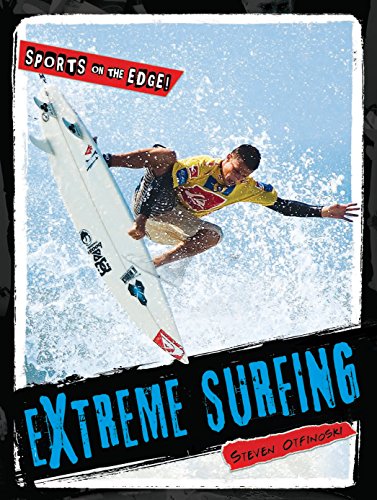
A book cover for Extreme Surfing (Sports on the Edge!); Steve Otfinoski; Teen & Young Adult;